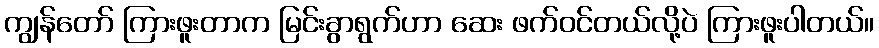
ကျွန်တော် ကြားဖူးတာက မြင်းခွာရွက်ဟာ ဆေး ဖက်ဝင်တယ်လို့ပဲ ကြားဖူးပါတယ်။